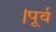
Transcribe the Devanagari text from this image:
।पूर्व